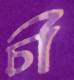
চী